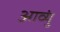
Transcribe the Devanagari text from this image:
आव्युं